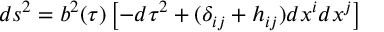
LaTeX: d s ^ { 2 } = b ^ { 2 } ( \tau ) \left[ - d \tau ^ { 2 } + ( \delta _ { i j } + h _ { i j } ) d x ^ { i } d x ^ { j } \right]